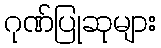
ဂုဏ်ပြုဆုများ